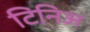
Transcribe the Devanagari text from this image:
टिनिअ